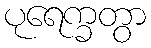
ပုရေက္ခတွာ